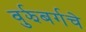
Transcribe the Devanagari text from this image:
वुर्झबर्गचे